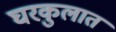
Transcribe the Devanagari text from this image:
घरकुलात